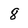
Character: 8